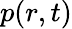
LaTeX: p(r,t)